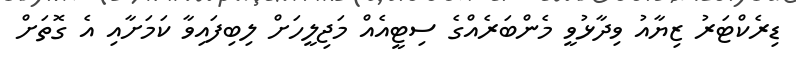
ޑިރެކްޓަރު ޒިޔާއު ވިދާޅުވީ މެންބަރެއްގެ ސިޓީއެއް މަޖިލީހަށް ލިބިފައިވާ ކަމަށާއި އެ ގޮތަށް